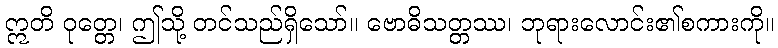
ဣတိ ဝုတ္တေ၊ ဤသို့ တင်သည်ရှိသော်။ ဗောဓိသတ္တဿ၊ ဘုရားလောင်း၏စကားကို။